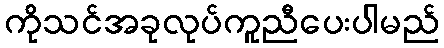
ကိုသင်အခုလုပ်ကူညီပေးပါမည်